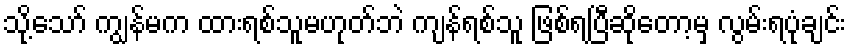
သို့သော် ကျွန်မက ထားရစ်သူမဟုတ်ဘဲ ကျန်ရစ်သူ ဖြစ်ရပြီဆိုတော့မှ လွမ်းရပုံချင်း